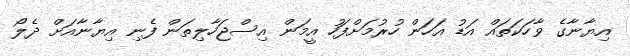
އިޔާނާގެ ވާހަކަތައް އަޑު އަހަން ހުރުމަށްފަހު އީމަން އިސްޖަހާލިތަން ފެނި އިޔާނާއަށް ދެލޯ